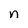
Character: n